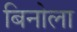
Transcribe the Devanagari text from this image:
बिनोला